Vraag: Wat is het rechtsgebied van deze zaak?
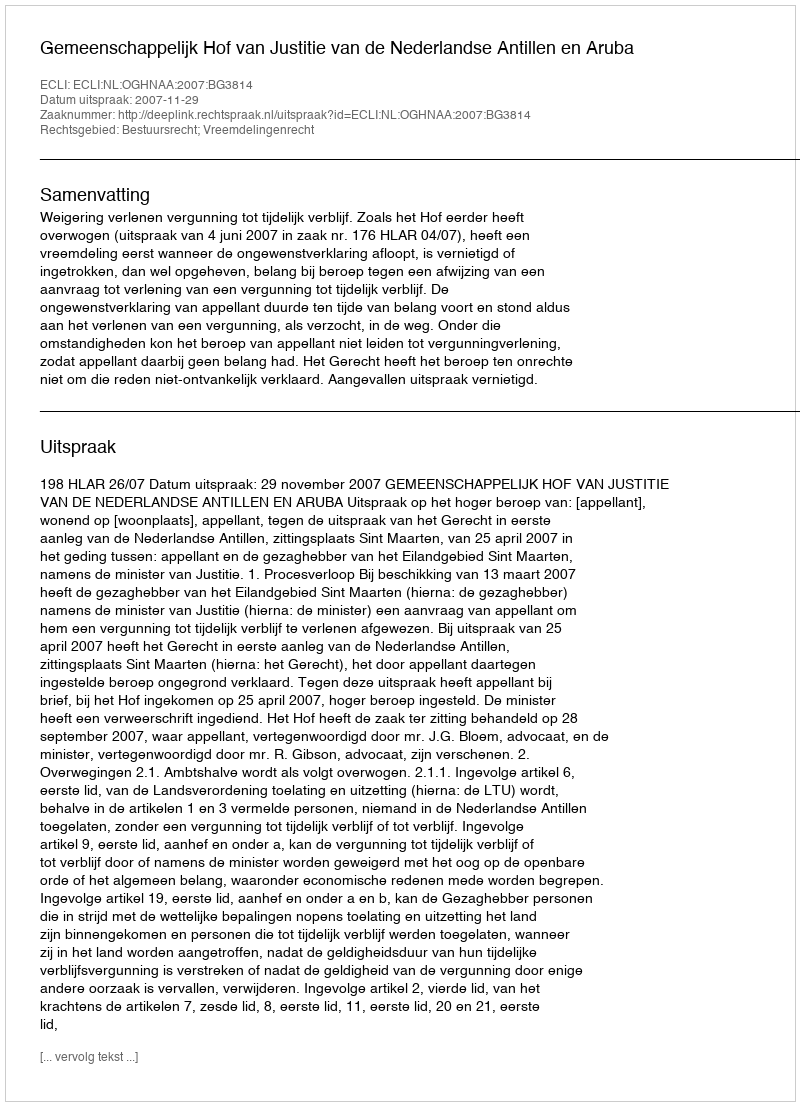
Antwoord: Bestuursrecht; Vreemdelingenrecht